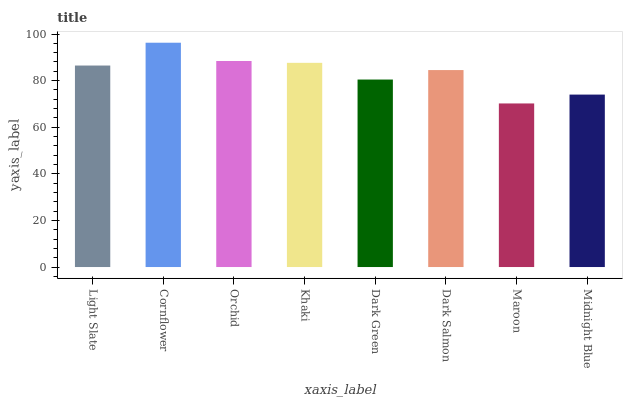
| xaxis_label | bars |
 | --- | --- |
 | Light Slate | 86.5 |
 | Cornflower | 96.3 |
 | Orchid | 88.4 |
 | Khaki | 87.6 |
 | Dark Green | 80.5 |
 | Dark Salmon | 84.5 |
 | Maroon | 70.2 |
 | Midnight Blue | 74 |